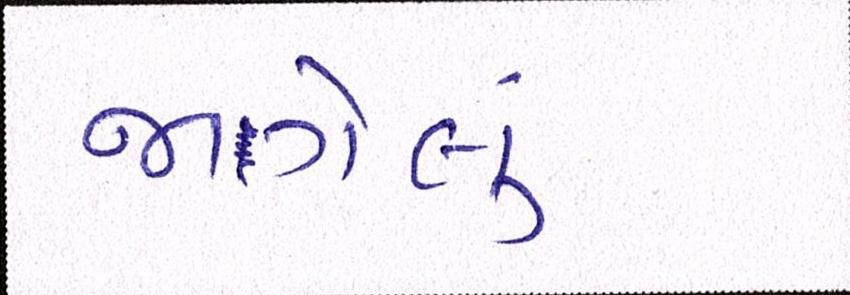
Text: જાગેલું